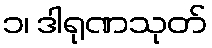
၁၊ ဒါရုဏသုတ်